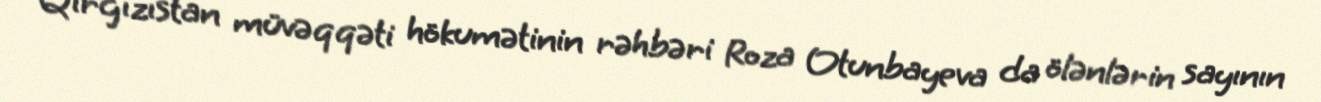
Qırğızıstan müvəqqəti hökumətinin rəhbəri Roza Otunbayeva da ölənlərin sayının